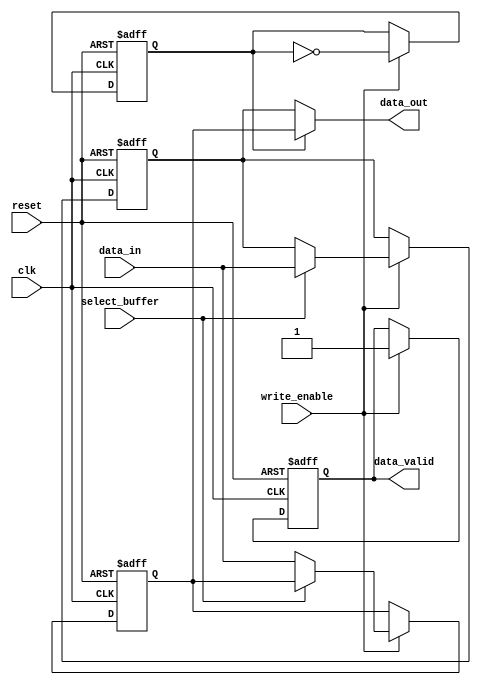
module double_buffer_register (
    input wire clk,                // Clock signal
    input wire reset,              // Reset signal
    input wire write_enable,       // Write enable signal
    input wire select_buffer,      // Select buffer (0 for Buffer A, 1 for Buffer B)
    input wire [15:0] data_in,     // Input data (16-bit for example)
    output reg [15:0] data_out,    // Output data
    output reg data_valid          // Data valid signal
);

    // Define the two buffers
    reg [15:0] buffer_a;
    reg [15:0] buffer_b;

    // State to track which buffer is currently being written to
    reg current_buffer; // 0 for Buffer A, 1 for Buffer B

    // Sequential logic for writing to the buffers
    always @(posedge clk or posedge reset) begin
        if (reset) begin
            buffer_a <= 16'b0;       // Reset Buffer A
            buffer_b <= 16'b0;       // Reset Buffer B
            current_buffer <= 0;     // Start with Buffer A
            data_valid <= 1'b0;      // Data not valid initially
        end else if (write_enable) begin
            // Write to the selected buffer
            if (select_buffer == 1'b0) begin
                buffer_a <= data_in;  // Write to Buffer A
            end else begin
                buffer_b <= data_in;  // Write to Buffer B
            end
            // Toggle the current buffer after write
            current_buffer <= ~current_buffer;
            data_valid <= 1'b1;      // Data is valid after write
        end
    end

    // Combinational logic for reading from the buffers
    always @(*) begin
        // Determine which buffer to read from
        if (current_buffer == 1'b0) begin
            data_out = buffer_b;      // Read from Buffer B if writing to Buffer A
        end else begin
            data_out = buffer_a;      // Read from Buffer A if writing to Buffer B
        end
    end

endmodule